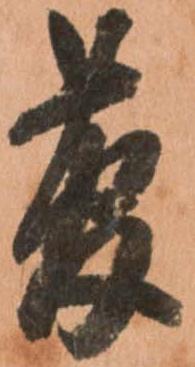
菅